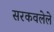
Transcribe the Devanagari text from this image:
सरकवलेले